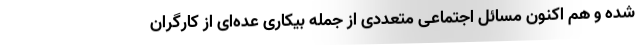
شده و هم اکنون مسائل اجتماعی متعددی از جمله بیکاری عده‌ای از کارگران